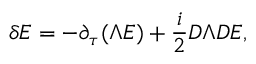
\delta E = - \partial _ { \tau } ( \Lambda E ) + { \frac { i } { 2 } } D \Lambda D E ,